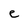
Character: e